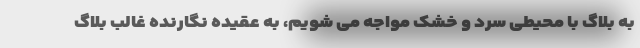
به بلاگ با محیطی سرد و خشک مواجه می شویم، به عقیده نگارنده غالب بلاگ